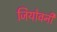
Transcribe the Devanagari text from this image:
जियोवनी